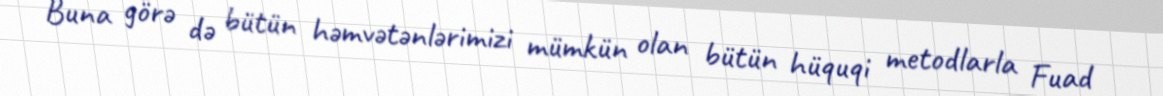
Buna görə də bütün həmvətənlərimizi mümkün olan bütün hüquqi metodlarla Fuad